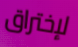
لإختراق